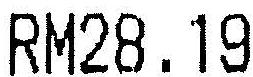
RM28.19